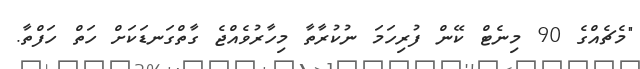
"މެޗެއްގެ 90 މިނެޓް ކޭން ފުރިހަމަ ނުކުރާތާ މިހާރުވެއްޖެ ގާތްގަނޑަކަށް ހަތް ހަފްތާ.